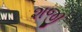
શજી